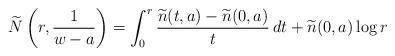
LaTeX: \begin{align*} \widetilde{N}\left(r,\frac{1}{w-a}\right)=\int_0^r\frac{\widetilde{n}(t,a)-\widetilde{n}(0,a)}{t}\,dt+ \widetilde{n}(0,a)\log r \end{align*}